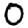
Digit: 0